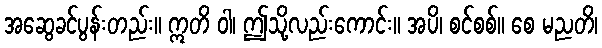
အဆွေခင်ပွန်းတည်း။ ဣတိ ဝါ၊ ဤသို့လည်းကောင်း။ အပိ၊ စင်စစ်။ စေ မညတိ၊